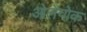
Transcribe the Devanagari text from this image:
ओलेंयोक